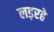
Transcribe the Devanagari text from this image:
लड़रहे